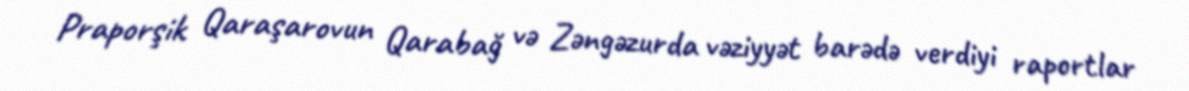
Praporşik Qaraşarovun Qarabağ və Zəngəzurda vəziyyət barədə verdiyi raportlar